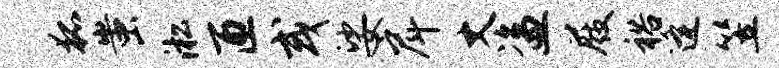
狐蚩淞匝或娑戽丈盗屐裕逄笠